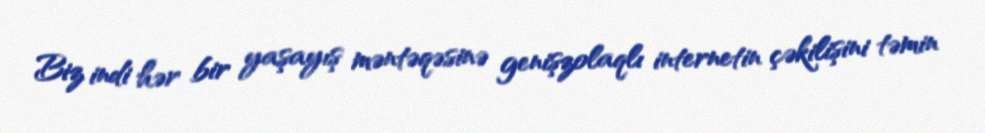
Biz indi hər bir yaşayış məntəqəsinə genişzolaqlı internetin çəkilişini təmin